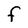
Character: F